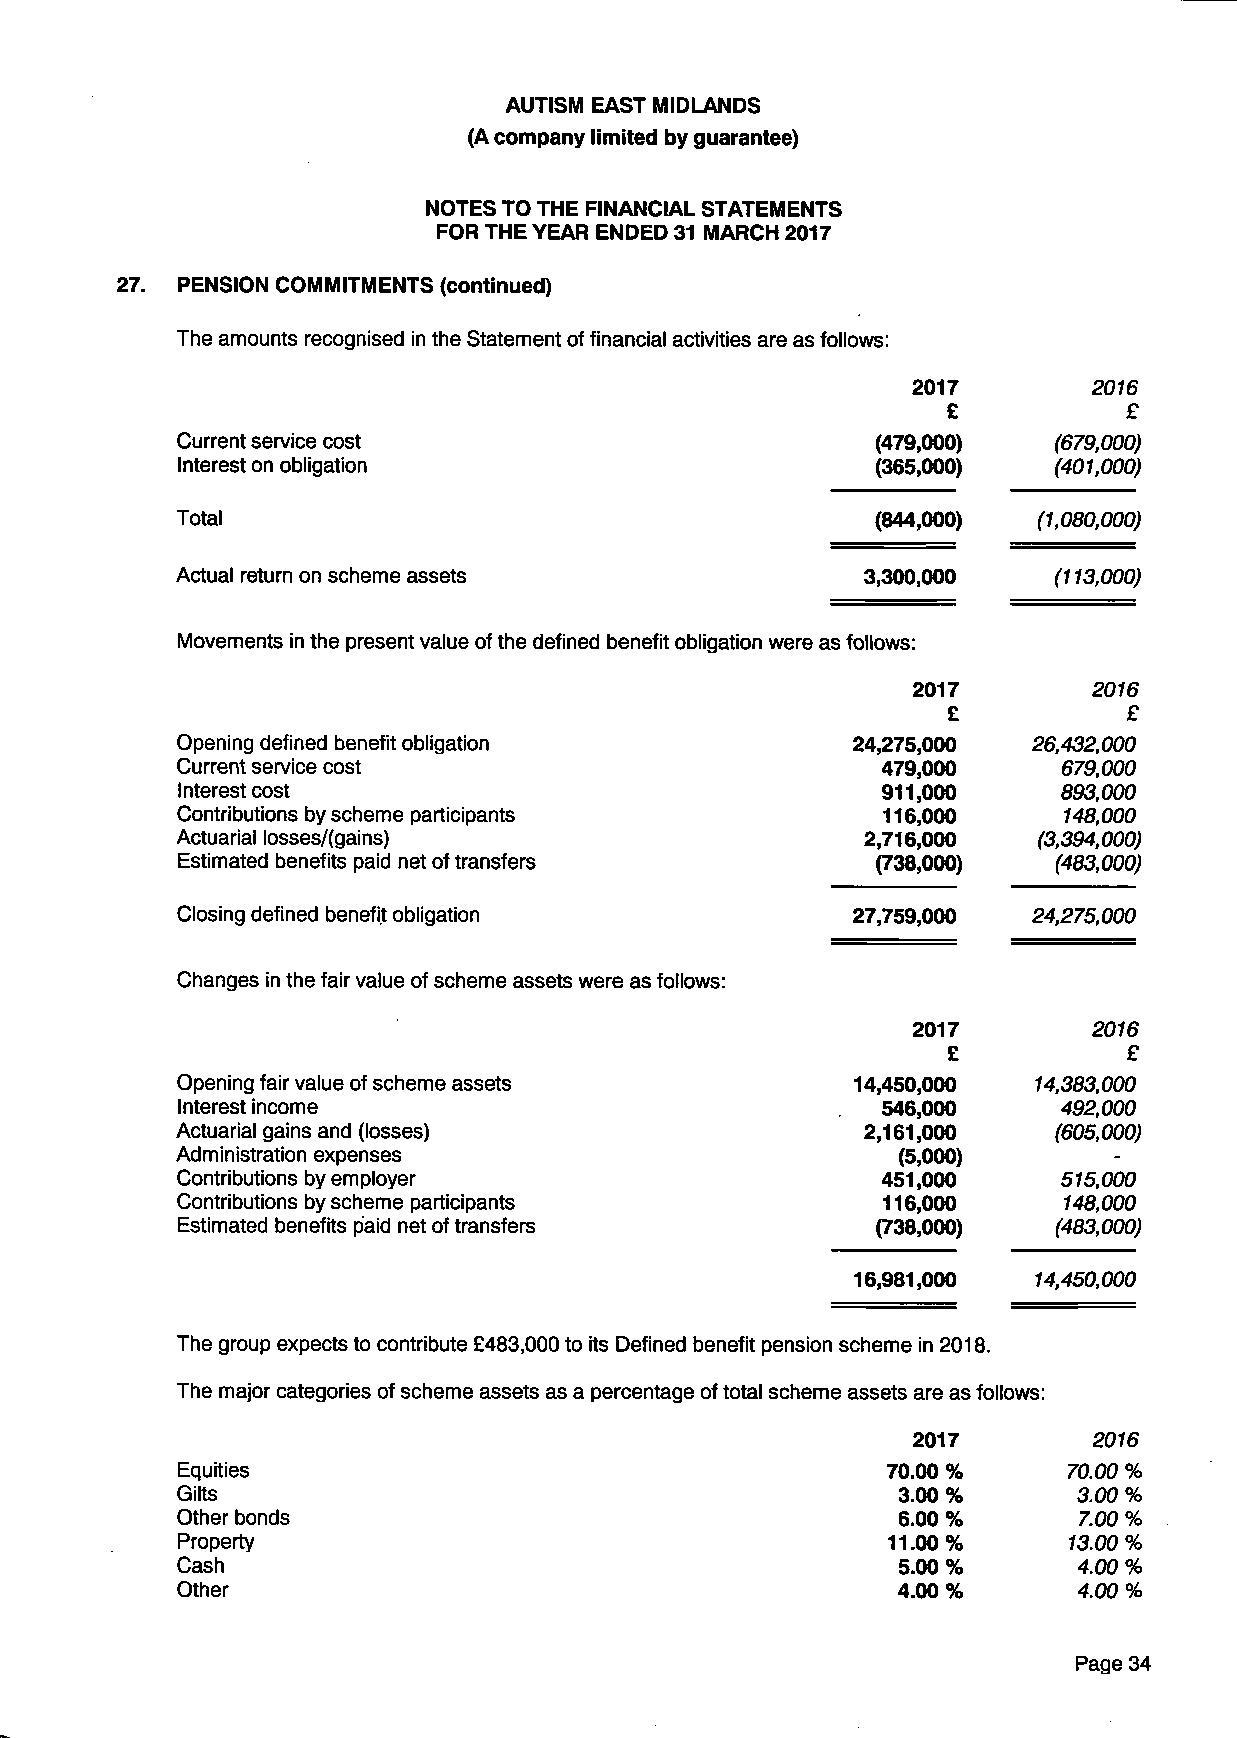
AUTISM EAST MIDLANDS
 (A company limited by guarantee)
 NOTES TO THE FINANCIAL STATEMENTS
 FOR THE YEAR ENDED 31 MARCH 2017
 27. PENSION COM MITM ENTS (continued)
 The amounts recognised in the Statement of financial activities are as follows:
 2017        2016
 £           £
 Current service cost                          (479,000)   (679,000)
 Interest on obligation                        (365,000)   (401,000)
 Total                                         (844,000)  (1,080,000)
 Actual return on scheme assets               3,300,000    (113,000)
 Movements in the present value of the defined benefit obligation were as follows:
 2017        2016
 £           £
 Opening defined benefit obligation          24,275,000  26,432,000
 Current service cost                          479,000     679,000
 Interest cost                                 911,000     893,000
 Contributions by scheme participants          116,000     148,000
 Actuarial losses/(gains)                     2,716,000   (3,394,000)
 Estimated benefits paid net of transfers      (738,000)   (483,000)
 Closing defined benefit obligation          27,759,000  24,275,000
 Changes in the fair value of scheme assets were as follows:
 2017        2016
 £           £
 Opening fair value of scheme assets          14,450,000 14,383,000
 Interest income                               546,000     492,000
 Actuarial gains and (losses)                 2,161,000    (605,000)
 Administration expenses                        (5,000)        -
 Contributions by employer                     451,000     515,000
 Contributions by scheme participants          116,000     148,000
 Estimated benefits paid net of transfers      (738,000)   (483,000)
 16,981,000 14,450,000
 The group expects to contribute £483,000 to its Defined benefit pension scheme in 2018.
 The major categories of scheme assets as a percentage of total scheme assets are as follows:
 2017        2016
 Equities                                       70.00 %     70.00 %
 Gilts                                          3.00 %      3.00 %
 Other bonds                                    6.00 %      7.00%
 Property                                       11.00%      13.00 %
 Cash                                           5.00 %      4.00%
 Other                                          4.00 %      4.00 %
 Page 34